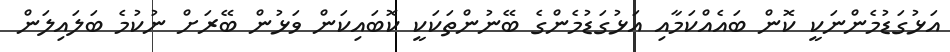
އަޅުގަޑުމެންނަކީ ކޮން ބައެއްކަމާއި އަޅުގަޑުމެންގެ ބޭނުންތަކަކީ ކޮބައިކަން ވަޅުން ބޭރަށް ނުކުމެ ބަލައިލަން